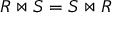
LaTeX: R \bowtie S = S \bowtie R